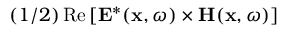
( 1 / 2 ) \operatorname { R e } \left[ \mathbf { E } ^ { * } ( \mathbf { x } , \omega ) \times \mathbf { H } ( \mathbf { x } , \omega ) \right]